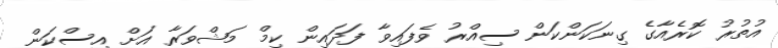
އުތުރު ކޮރެއާގެ ގިނަކަންކަން ސިއްރު ވެފައިވާ ފަދައިން ކިމް މަޝްވަރާ އަށް އިސްކަން